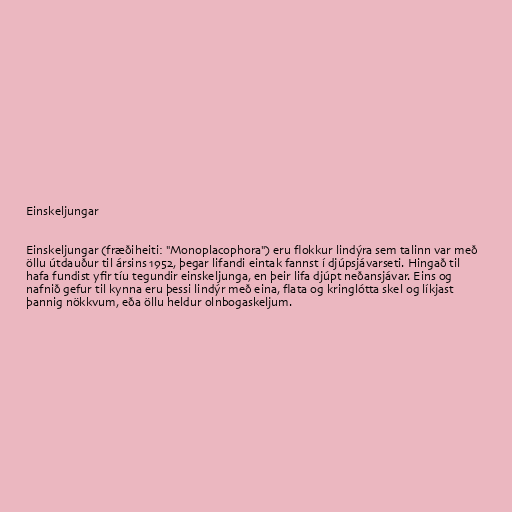
Einskeljungar

Einskeljungar (fræðiheiti: "Monoplacophora") eru flokkur lindýra sem talinn var með
öllu útdauður til ársins 1952, þegar lifandi eintak fannst í djúpsjávarseti. Hingað til
hafa fundist yfir tíu tegundir einskeljunga, en þeir lifa djúpt neðansjávar. Eins og
nafnið gefur til kynna eru þessi lindýr með eina, flata og kringlótta skel og líkjast
þannig nökkvum, eða öllu heldur olnbogaskeljum.